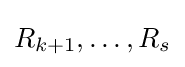
R_{k+1},\ldots ,R_{s}